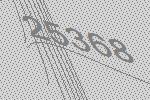
25368